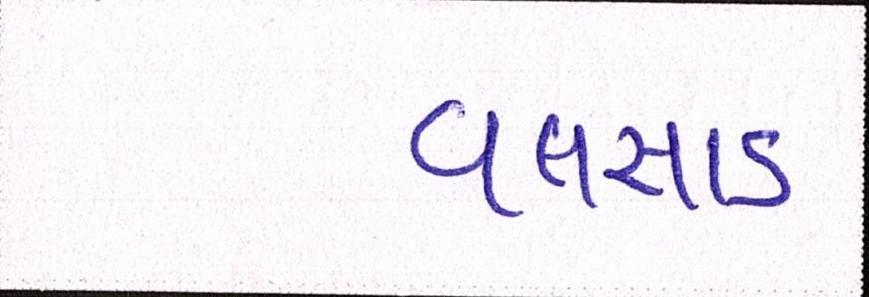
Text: વલસાડ